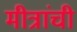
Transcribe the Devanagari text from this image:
मीत्रांची